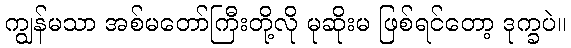
ကျွန်မသာ အစ်မတော်ကြီးတို့လို မုဆိုးမ ဖြစ်ရင်တော့ ဒုက္ခပဲ။